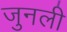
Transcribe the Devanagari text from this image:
जुनली